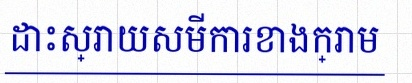
ដោះស្រាយសមីការខាងក្រោម